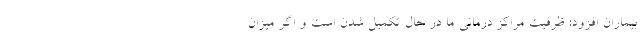
بیماران افزود: ظرفیت مراکز درمانی ما در حال تکمیل شدن است و اگر میزان